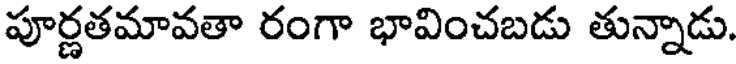
పూర్ణతమావతా రంగా భావించబడు తున్నాడు.